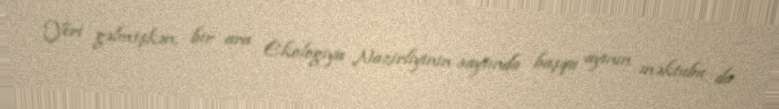
Yeri gəlmişkən, bir ara Ekologiya Nazirliyinin saytında başqa ayının məktubu da